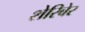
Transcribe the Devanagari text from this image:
शेरिबेर